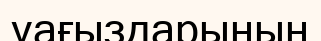
уағыздарының